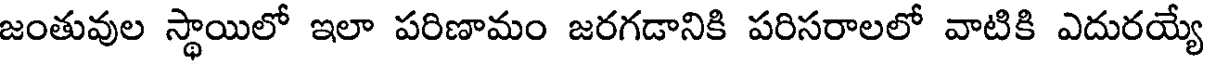
జంతువుల స్థాయిలో ఇలా పరిణామం జరగడానికి పరిసరాలలో వాటికి ఎదురయ్యే